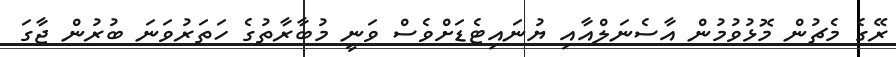
ރޭގެ މެޗުން މޮޅުވުމުން އާސެނަލްއާއި ޔުނައިޓެޑަށްވެސް ވަނީ މުބާރާތުގެ ހަތަރުވަނަ ބުރުން ޖާގަ